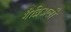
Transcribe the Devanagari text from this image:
गैब्रिअली